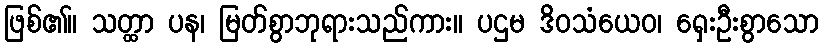
ဖြစ်၏။ သတ္ထာ ပန၊ မြတ်စွာဘုရားသည်ကား။ ပဌမ ဒိဝသံယေဝ၊ ရှေးဦးစွာသော